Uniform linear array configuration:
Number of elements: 48
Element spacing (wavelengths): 0.75
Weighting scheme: binomial
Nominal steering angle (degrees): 60
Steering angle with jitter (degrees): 60.271
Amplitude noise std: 0.05
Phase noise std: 0.05

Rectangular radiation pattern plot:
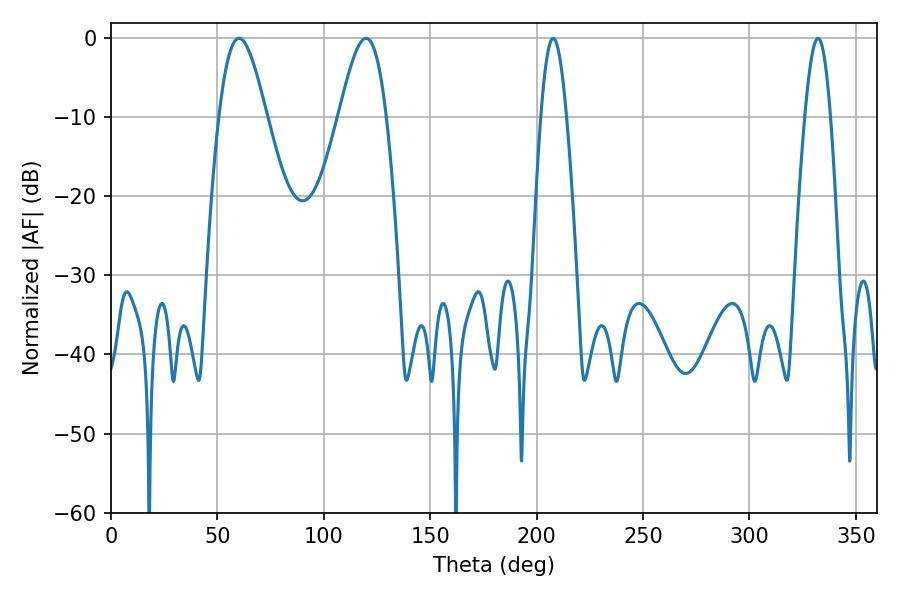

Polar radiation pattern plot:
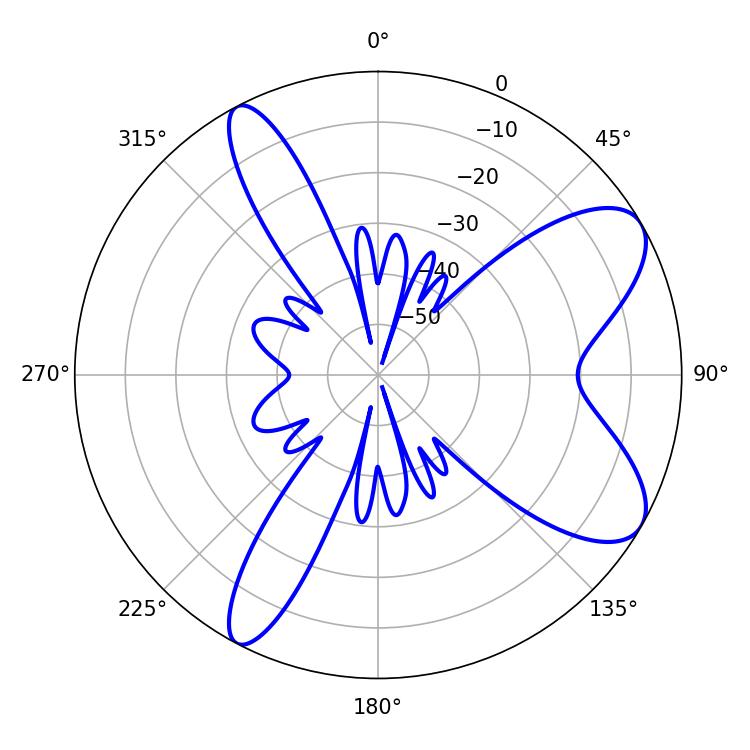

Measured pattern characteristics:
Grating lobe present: TRUE
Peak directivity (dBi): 8.4
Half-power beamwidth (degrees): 11.88
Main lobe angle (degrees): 60.12